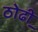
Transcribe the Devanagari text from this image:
ठोढी़